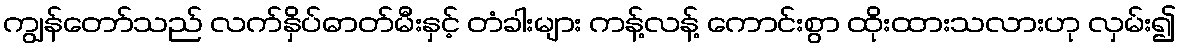
ကျွန်တော်သည် လက်နှိပ်ဓာတ်မီးနှင့် တံခါးများ ကန့်လန့် ကောင်းစွာ ထိုးထားသလားဟု လှမ်း၍